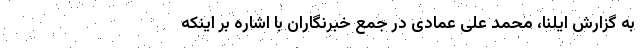
به گزارش ایلنا، محمد علی عمادی در جمع خبرنگاران با اشاره بر اینکه